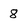
Character: 8